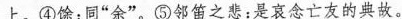
上。④馀：同”余”。⑤邻笛之悲：是哀念亡友的典故。